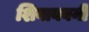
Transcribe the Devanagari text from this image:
शिवाबवनी